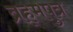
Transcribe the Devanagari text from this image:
ब्रह्‌मपुत्र